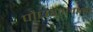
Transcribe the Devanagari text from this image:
पौधशालाओं